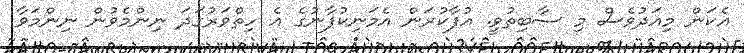
އެކަން މިއަދުވެސް މި ސާބިތުވީ. އުފާކުރަން އެމަނިކުފާނުގެ އެ ހިތްވަރުގަދަ ނިންމެވުން ނިންމަވާ